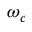
\omega _ { c }